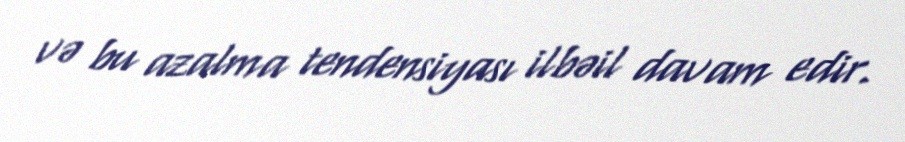
və bu azalma tendensiyası ilbəil davam edir.